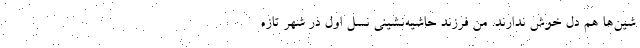
شین‌ها هم دل خوش ندارند. من فرزند حاشیه‌نشینی نسل اول در شهر تازه